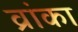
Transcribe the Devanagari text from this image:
व्रांका